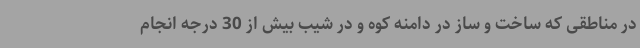
در مناطقی که ساخت و ساز در دامنه کوه و در شیب بیش از 30 درجه انجام